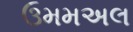
ઉમમઅલ